Cultivation of the bacillus of leprosy and the treatment of cases by means of a vaccine prepared from the cultivations - Number 42
Disease focus: Leprosy
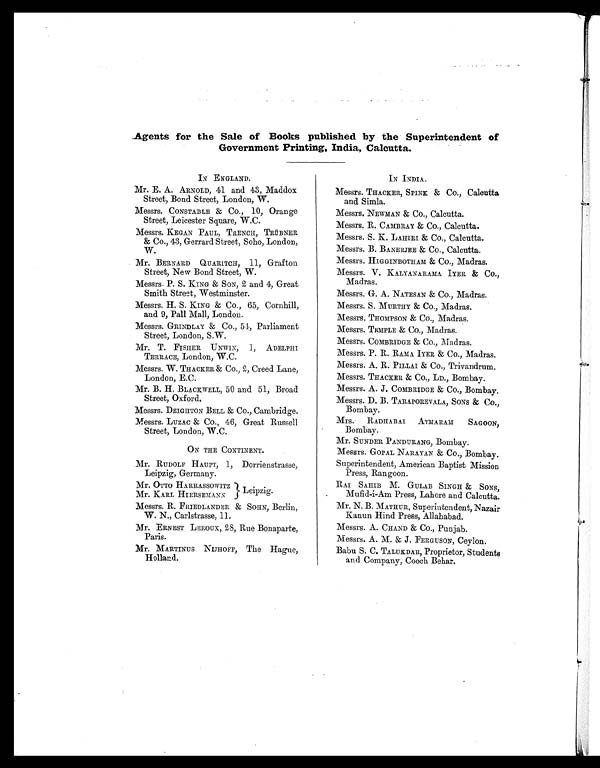
Agents for the Sale of Books published by the Superintendent of
Government Printing, India, Calcutta.
IN ENGLAND.
Mr. E. A. ARNOLD, 41 and 43, Maddox
Street, Bond Street, London, W.
Messrs. CONSTABLE & Co., 10, Orange
Street, Leicester Square, W.C.
Messrs. KEGAN PAUL, TRENCH, TRÜBNER
& Co., 43, Gerrard Street, Soho, London,
W.
Mr. BERNARD QUARITCH, 11, Grafton
Street, New Bond Street, W.
Messrs. P. S. KING & SON, 2 and 4, Great
Smith Street, Westminster.
Messrs. H.S. KING & Co., 65, Cornhill,
and 9, Pall Mall, London.
Messrs. GRINDLAY & Co., 54, Parliament
Street, London, S.W.
Mr. T. FISHER UNWIN, 1, ADELPHI
TERRACE, London, W.C.
Messrs. W . TRACKER & Co., 2, Creed Lane,
London, E.C.
Mr. B. H. BLACKWELL, 50 and 51, Broad
Street, Oxford.
Messrs. DEIGHTON BELL & Co., Cambridge.
Messrs. LUZAC & Co., 46, Great Russell
Street, London, W.C.
ON THE CONTINENT.
Mr. RUDOLF H AUPT, 1, Dorrienstrasse,
Leipzig, Germany.
Mr. OTTO HARRASSOWITZ
Mr. KARL HIERSEMANN
Messrs. R. FRIEDLANDER & SOHN, Berlin,
W. N., Carlstrasse, 11.
Mr. ERNEST LEROUX, 28, Rue Bonaparte,
Paris.
Mr. MARTINUS NIJHOFF, The Hague,
Holland.
IN INDIA.
Messrs. THACKER, SPINK & Co., Calcutta
and Simla.
Messrs. NEWMAN & Co., Calcutta.
Messrs. R. CAMBRAY & Co., Calcutta.
Messrs. S. K. LAMRI & Co., Calcutta.
Messrs. B. BANERJEE & Co., Calcutta.
Messrs. HIGGINBOTHAM & Co., Madras.
Messrs. V. KALYANARAMA IYER & Co.,
Madras.
Messrs. G. A. NATESAN & Co., Madras.
Messrs. S. MURTHY & Co., Madras.
Messrs. THOMPSON & Co., Madras.
Messrs. TEMPLE & Co., Madras.
Messrs. COMBRIDGE & Co., Madras.
Messrs. P. R. RAMA IYER & Co., Madras.
Messrs. A. R. PILLAI & Co., Trivandrum.
Messrs. THACKER & Co., LD., Bombay.
Messrs. A. J . COMBRIDGE & Co., Bombay.
Messrs. D. B. TARAPOREVALA, SONS & Co.,
Bombay.
Mrs. RADHABAI ATMARAM SAGOON,
Bombay.
Mr. SUNDER PANDURANG, Bombay.
Messrs. GOPAL NARAYAN & Co., Bombay.
Superintendent, American Baptist Mission
Press, Rangoon.
RAI SAHIB M. GULAB SINGH & SONS,
Mufid-i-Am Press, Lahore and Calcutta.
Mr. N. B. MATHUR, Superintendent, Nazair
Kanun Hind Press, Allahabad.
Messrs. A. CHAND & Co., Punjab.
Messrs. A. M. & J . FERGUSON, Ceylon.
Babu S. C. TALUKDAR, Proprietor, Students
and Company, Cooch Behar.
Leipzig.